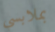
بملابسي